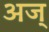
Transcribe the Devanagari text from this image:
अज्